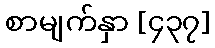
စာမျက်နှာ [၄၃၇]